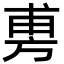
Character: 旉